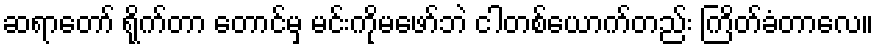
ဆရာတော် ရိုက်တာ တောင်မှ မင်းကိုမဖော်ဘဲ ငါတစ်ယောက်တည်း ကြိတ်ခံတာလေ။